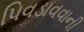
પિવડાવવાની